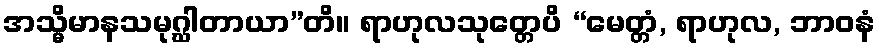
အသ္မိမာနသမုဂ္ဃါတာယာ”တိ။ ရာဟုလသုတ္တေပိ “မေတ္တံ, ရာဟုလ, ဘာဝနံ